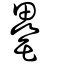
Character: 罍